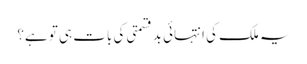
یہ ملک کی انتہائی بدقسمتی کی بات ہی تو ہے؟